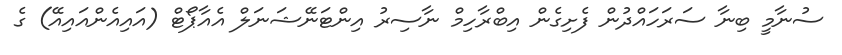
ސުނާމީ ބިނާ ސަރަހައްދުން ފެށިގެން އިބްރާހިމް ނާސިރު އިންޓަނޭޝަނަލް އެއާޕޯޓް (އައިއެންއައިއޭ) ގެ